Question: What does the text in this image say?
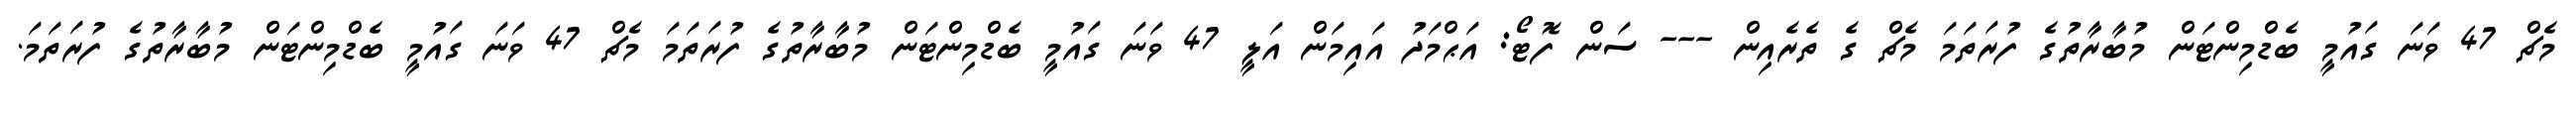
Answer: މެޗް 47 ވަނަ ގައުމީ ބެޑްމިންޓަން މުބާރާތުގެ ފުރަތަމަ މެޗް ގެ ތެރެއިން --- ސަން ފޮޓޯ: އަޙްމަދު އައިމަން އަލީ 47 ވަނަ ގައުމީ ބެޑްމިންޓަން މުބާރާތުގެ ފުރަތަމަ މެޗް 47 ވަނަ ގައުމީ ބެޑްމިންޓަން މުބާރާތުގެ ފުރަތަމަ.